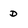
Character: D